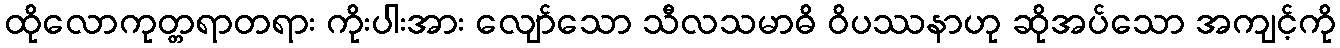
ထိုလောကုတ္တရာတရား ကိုးပါးအား လျော်သော သီလသမာဓိ ဝိပဿနာဟု ဆိုအပ်သော အကျင့်ကို